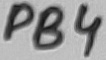
Text: PB4